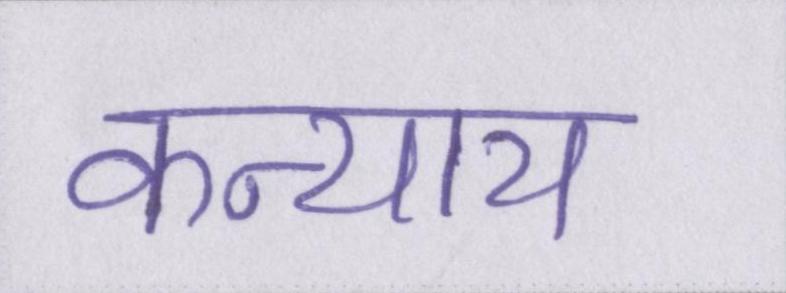
कन्याय